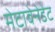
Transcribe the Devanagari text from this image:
मेटावेनेडेट